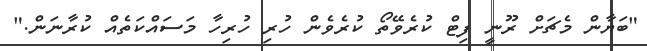
"ބަޔާން މެޗަށް ރޫނީ ފިޓް ކުރެވޭތޯ ކުރެވެން ހުރި ހުރިހާ މަސައްކަތެއް ކުރާނަން."